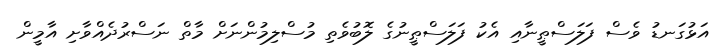
އަޅުގަނޑު ވެސް ފަލަސްޠީނާއި އެކު ފަލަސްޠީނުގެ ލޮބުވެތި މުސްލިމުންނަށް މާތް ނަސްރުދެއްވާށި އާމީން